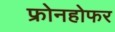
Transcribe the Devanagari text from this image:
फ्रोनहोफर